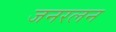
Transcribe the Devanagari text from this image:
जनरलन